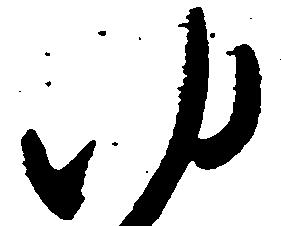
ゆ